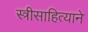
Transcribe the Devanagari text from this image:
स्त्रीसाहित्याने